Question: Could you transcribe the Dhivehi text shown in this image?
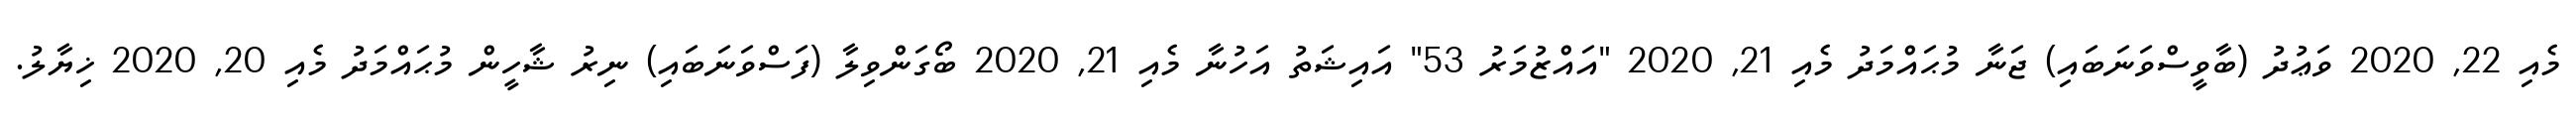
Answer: މެއި 22, 2020 ވަޢުދު (ބާވީސްވަނަބައި) ޖަނާ މުޙައްމަދު މެއި 21, 2020 "އައްޒުމަރު 53" އައިޝަތު އަހުނާ މެއި 21, 2020 ބޯގަންވިލާ (ފަސްވަނަބައި) ނިރު ޝާހީން މުޙައްމަދު މެއި 20, 2020 ޚިޔާލު.